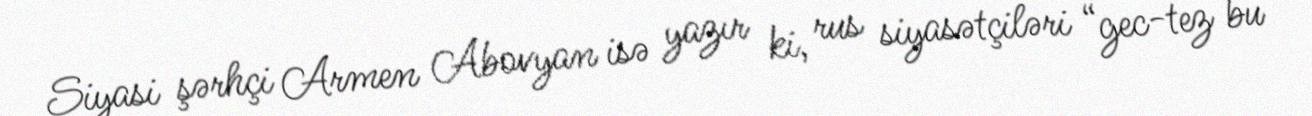
Siyasi şərhçi Armen Abovyan isə yazır ki, rus siyasətçiləri “gec-tez bu